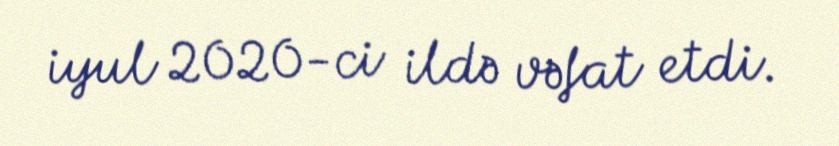
iyul 2020-ci ildə vəfat etdi.